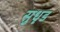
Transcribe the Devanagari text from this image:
सुधृड